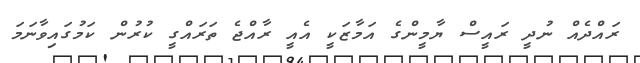
ރައްދެއް ނުދީ ރައީސް ޔާމީންގެ އަމާޒަކީ އެއީ ރާއްޖެ ތަރައްގީ ކުރުން ކަމުގައިވާނަމަ